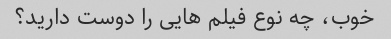
خوب، چه نوع فیلم هایی را دوست دارید؟